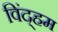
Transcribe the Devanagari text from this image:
विंद्हम